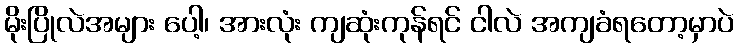
မိုးပြိုလဲအများ ပေါ့၊ အားလုံး ကျဆုံးကုန်ရင် ငါလဲ အကျခံရတော့မှာပဲ